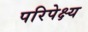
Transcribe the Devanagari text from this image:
परिपेक्ष्‍य